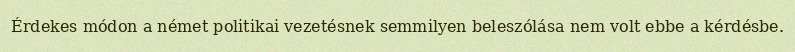
Érdekes módon a német politikai vezetésnek semmilyen beleszólása nem volt ebbe a kérdésbe.